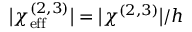
\big | \chi _ { \mathrm { e f f } } ^ { ( 2 , 3 ) } \big | = \big | \chi ^ { ( 2 , 3 ) } \big | / h